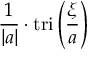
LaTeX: { \frac { 1 } { | a | } } \cdot \operatorname { t r i } \left( { \frac { \xi } { a } } \right)